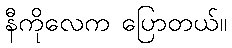
နီကိုလေက ပြောတယ်။